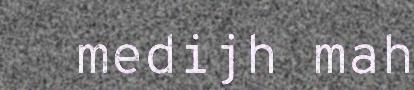
medijh mah